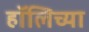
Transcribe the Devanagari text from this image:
हॉलिच्या